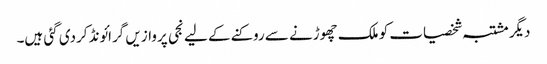
دیگر مشتبہ شخصیات کو ملک چھوڑنے سے روکنے کے لیے نجی پروازیں گرائونڈ کردی گئی ہیں۔